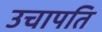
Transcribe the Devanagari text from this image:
उचापति